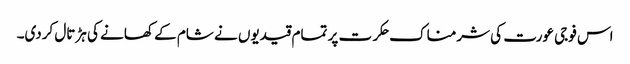
اس فوجی عورت کی شرمناک حکرت پر تمام قیدیوں نے شام کے کھانے کی ہڑتال کردی۔